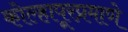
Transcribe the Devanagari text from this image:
कोल्हापूरप्रमाणे